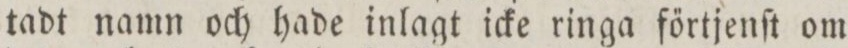
tadt namn och hade inlagt icke ringa főrtjenſt om